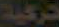
تركية